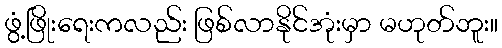
ဖွံ့ဖြိုးရေးကလည်း ဖြစ်လာနိုင်အုံးမှာ မဟုတ်ဘူး။